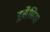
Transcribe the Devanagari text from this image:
हुसैनिया